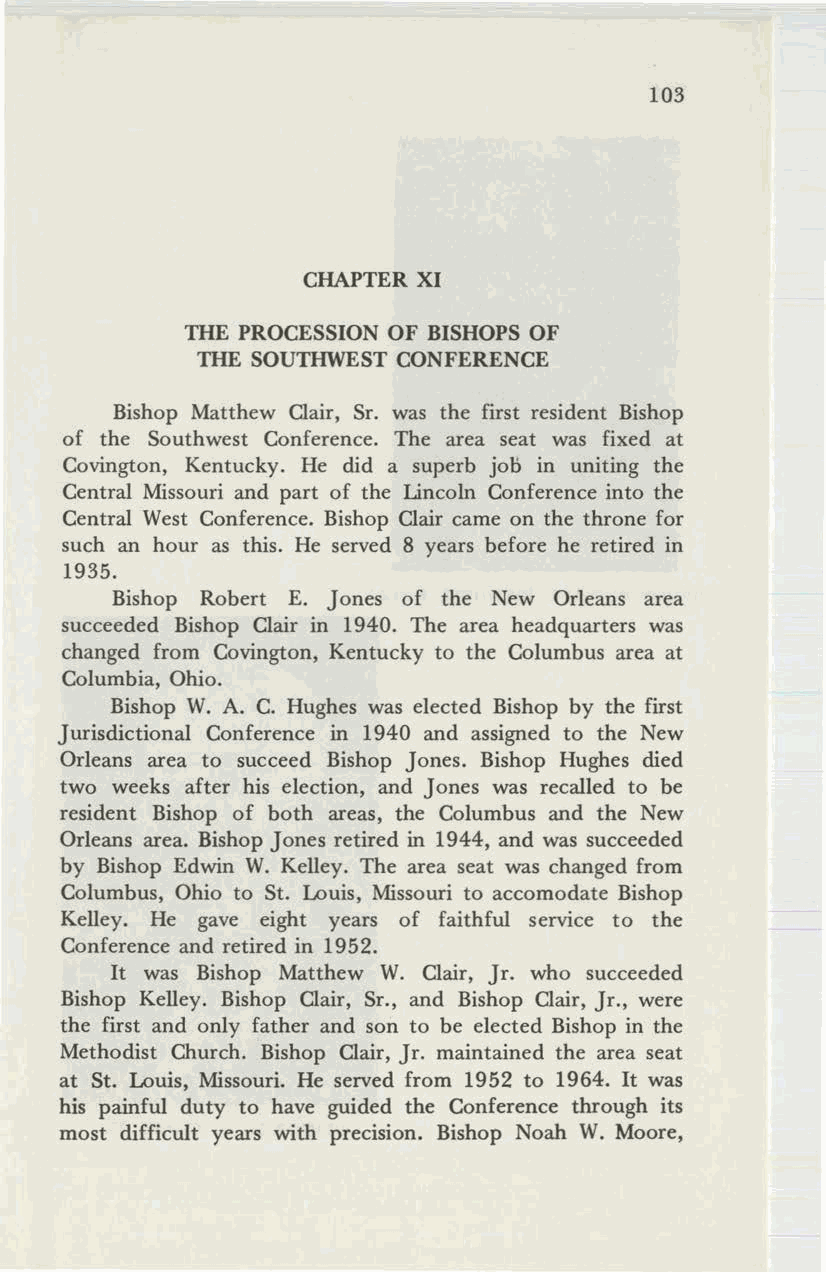
103
 CHAPTER XI
 THE PROCESSION OF BISHOPS OF
 THE SOUTHWEST CONFERENCE
 Bishop Matthew Clair, Sr. was the first resident Bishop
 of the Southwest Conference. The area seat was fixed at
 Covington, Kentucky. He did a superb job in uniting the
 Central Missouri and part of the Lincoln Conference into the
 Central West Conference. Bishop Clair came on the throne for
 such an hour as this. He served 8 years before he retired in
 1935.
 Bishop Robert E. Jones of the New Orleans area
 succeeded Bishop Clair in 1940. The area headquarters was
 changed from Covington, Kentucky to the Columbus area at
 Columbia, Ohio.
 Bishop W. A. C. Hughes was elected Bishop by the first
 Jurisdictional Conference in 1940 and assigned to the New
 Orleans area to succeed Bishop Jones. Bishop Hughes died
 two weeks after his election, and Jones was recalled to be
 resident Bishop of both areas, the Columbus and the New
 Orleans area. Bishop Jones retired in 1944, and was succeeded
 by Bishop Edwin W. Kelley. The area seat was changed from
 Columbus, Ohio to St. Louis, Missouri to accomodate Bishop
 Kelley. He gave eight years of faithful service to the
 Conference and retired in 1952.
 It was Bishop Matthew W. Clair, Jr. who succeeded
 Bishop Kelley. Bishop Clair, Sr., and Bishop Clair, Jr., were
 the first and only father and son to be elected Bishop in the
 Methodist Church. Bishop Clair, Jr. maintained the area seat
 at St. Louis, Missouri. He served from 1952 to 1964. It was
 his painful duty to have guided the Conference through its
 most difficult years with precision. Bishop Noah W. Moore,